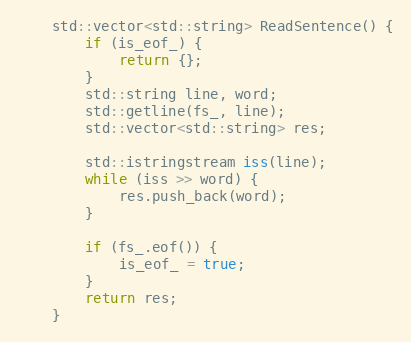
Language: C
	std::vector<std::string> ReadSentence() {
        if (is_eof_) {
            return {};
        }
        std::string line, word;
        std::getline(fs_, line);
        std::vector<std::string> res;

        std::istringstream iss(line);
        while (iss >> word) {
            res.push_back(word);
        }

        if (fs_.eof()) {
            is_eof_ = true;
        }
        return res;
    }